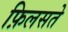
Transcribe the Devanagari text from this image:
फ़िलसते